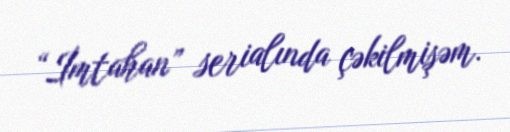
“İmtahan” serialında çəkilmişəm.